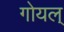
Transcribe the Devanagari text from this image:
गोयल्